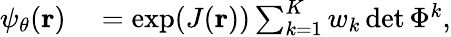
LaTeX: \begin{array}{rl}{\psi_{\theta}({\mathbf{r}})}&{{}=\exp(J({\mathbf{r}}))\sum_{k=1}^{K}w_{k}\operatorname*{det}\Phi^{k},}\end{array}